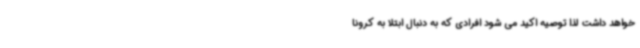
خواهد داشت لذا توصیه اکید می شود افرادی که به دنبال ابتلا به کرونا